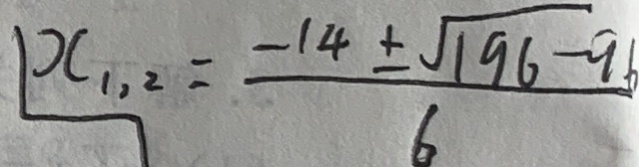
x _ { 1 , 2 } = \frac { - 1 4 \pm \sqrt { 1 9 6 - 9 6 } } { 6 }